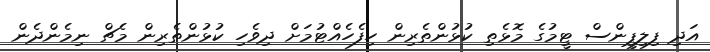
އަދި ފިލިޕީންސް ޓީމުގެ މޮޅެތި ކުޅުންތެރިން ހިފެހެއްޓުމަށް ދިވެހި ކުޅުންތެރިން މެޗް ނިމެންދެން